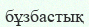
бұзбастық